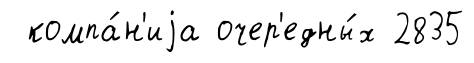
компа́н'иjа очер'едны́х 2835